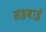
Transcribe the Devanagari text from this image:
सहबाई